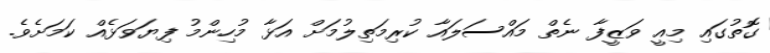
ގޮތުގައި މިއީ ވަޒީފާ ނެތް މައްސަލައާ ކުރިމަތިލުމަށް އަޅާ މުހިންމު ފިޔަވަޅެއް ކަމަށެވެ.